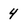
Character: 4